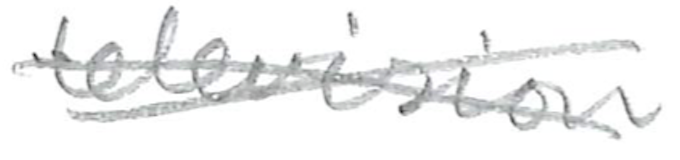
Text: television
Cross-out: cross
Writing tool: pencil